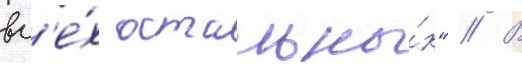
вс'е́х остальны́х" // В